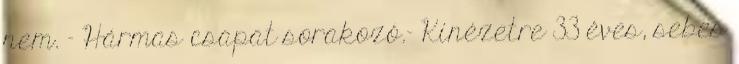
nem. - Hármas csapat sorakozó.- Kinézetre 33 éves, sebes